Torma_(Votikvere)_vallavalitsus, lk 53
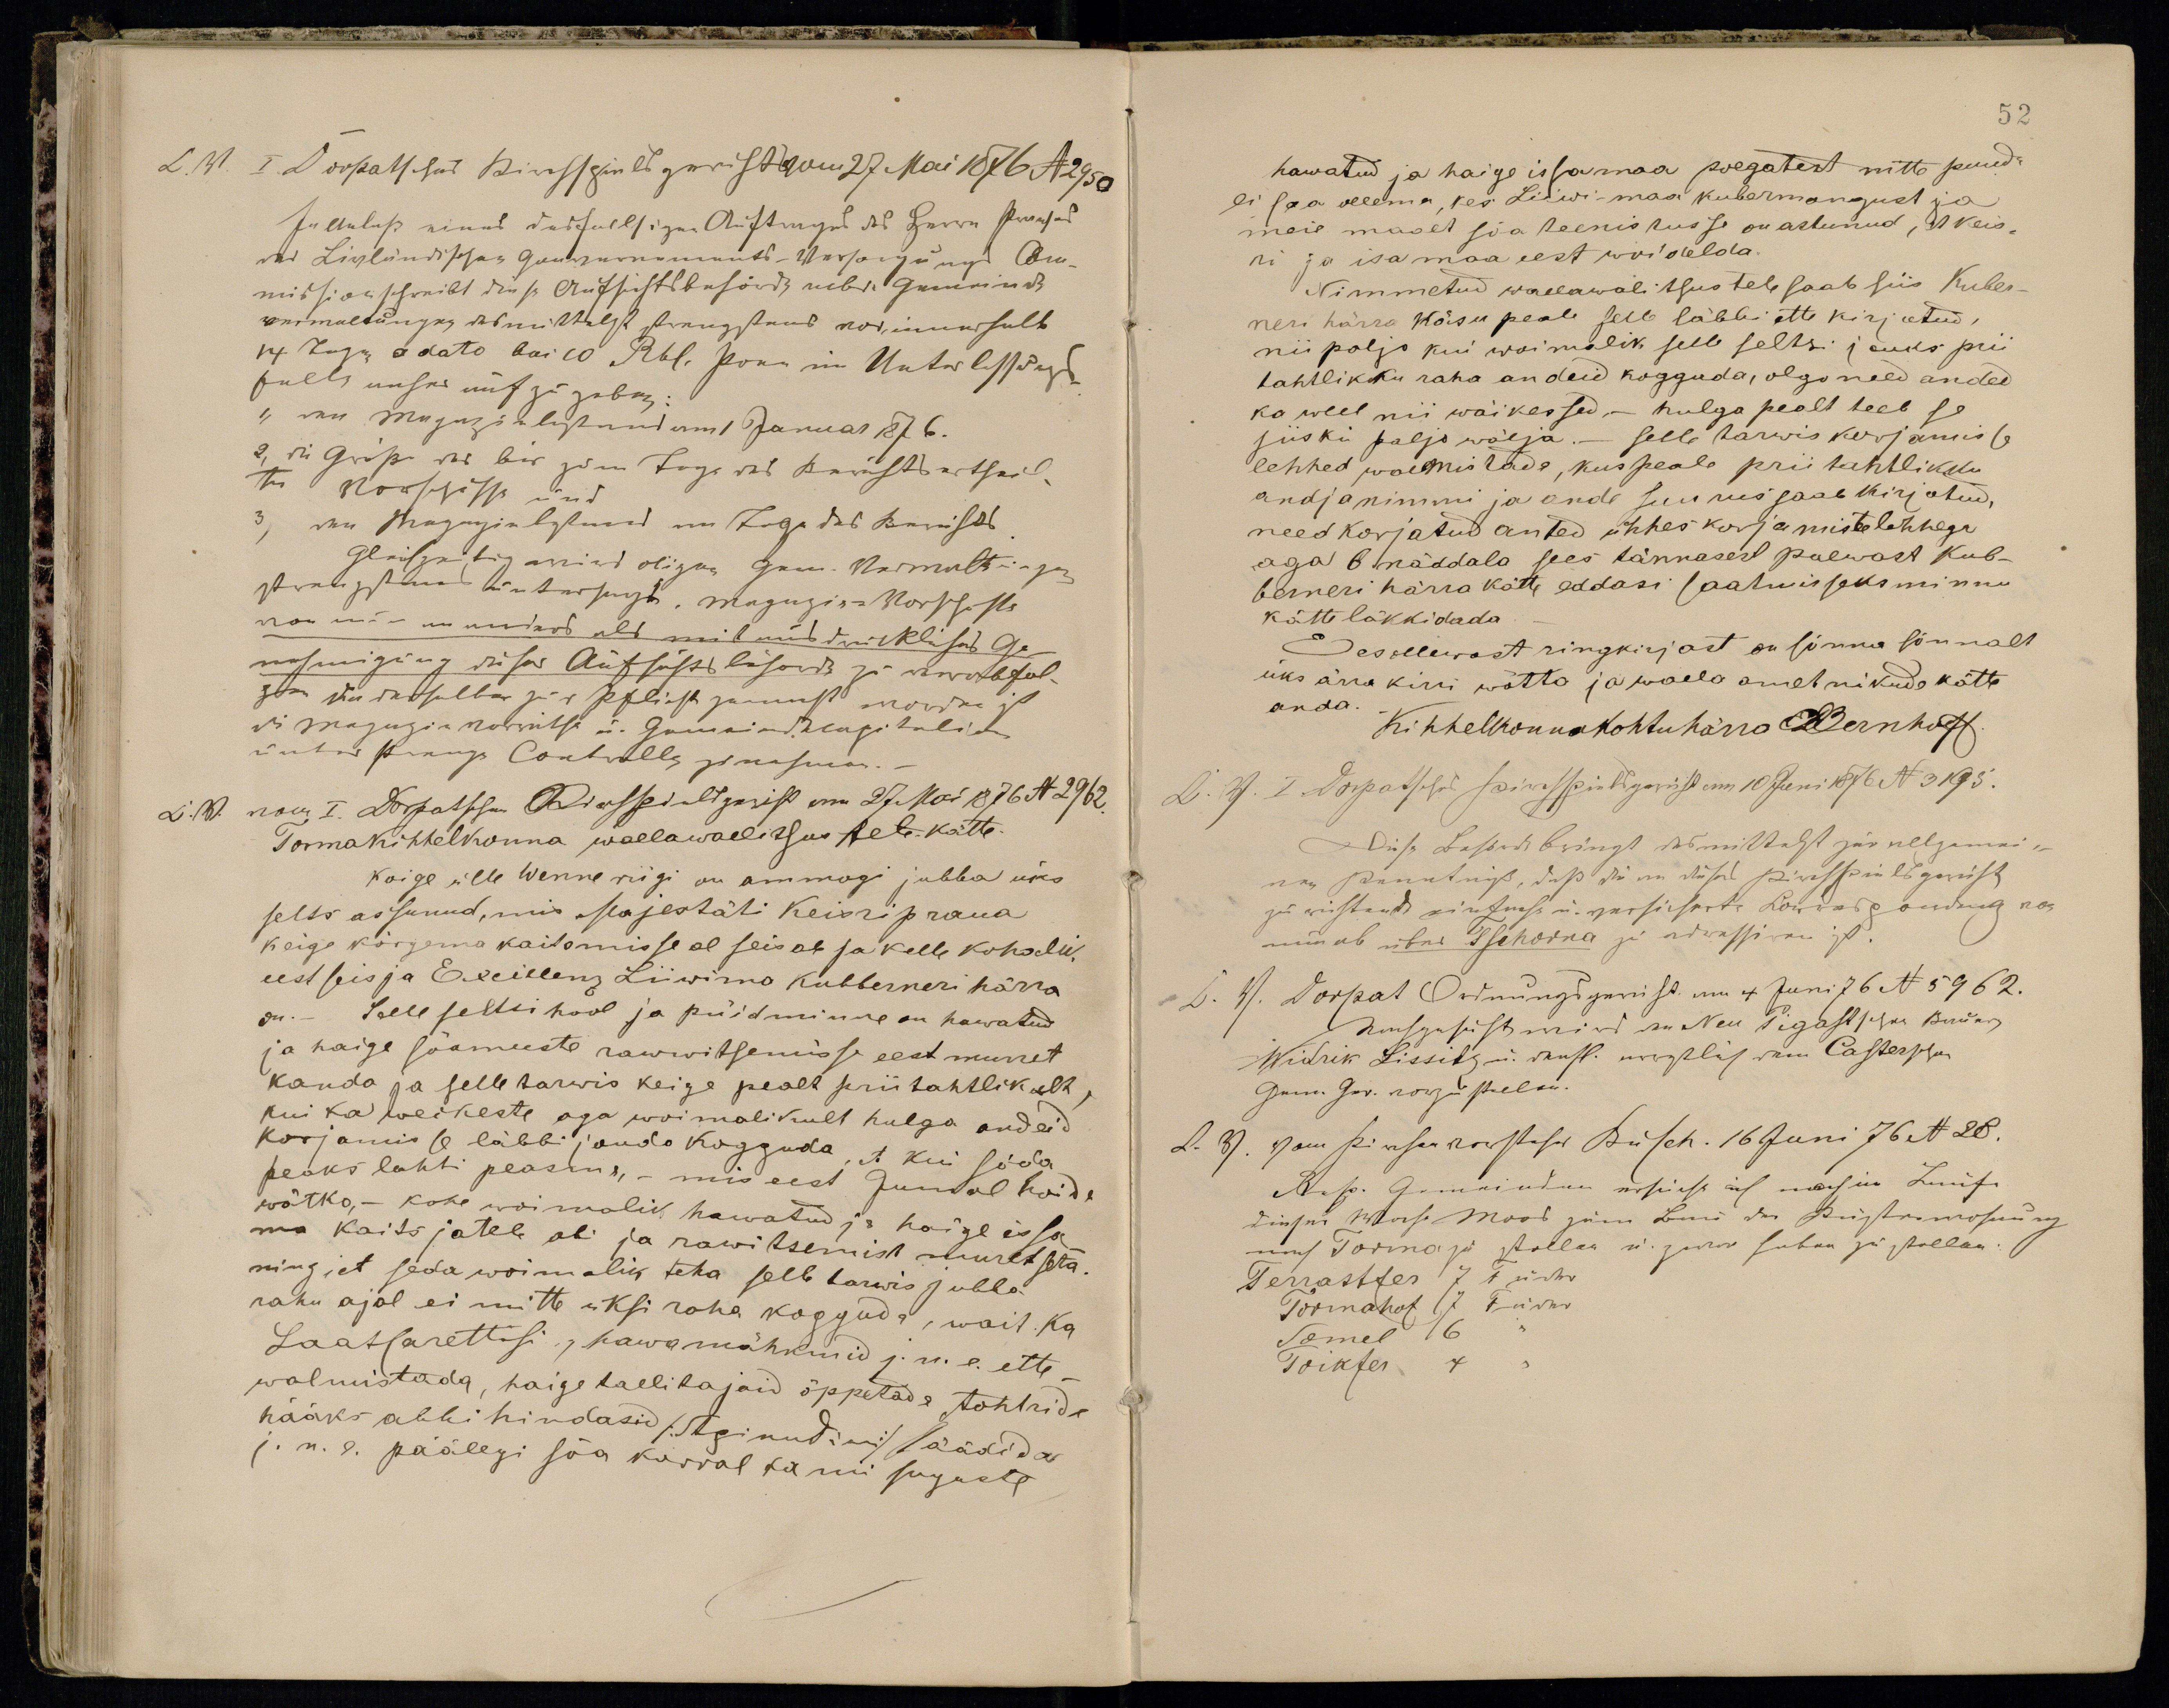
Tormakihhelkonna wallawallitsusele kätte.
Kõige ülle Wenne riigi on ammogi jubba üks
selts assunud, mis Majestäti Keisriproua
Keige kõrgema kaitsmisse al seisab ja kelle kohalik
eestseisja Excillenz Liiwima Kubberneri härra
on. Selle seltsi hool ja püidminne on hawatud
ja haige sõameeste rawwitsemisse eest murret
kanda ja selle tarvis keige pealt priitahtlikult,
kui ka weikeste aga woimalikult hulga andeid
korjamisse läbbi jõuda kogguda, kui sõda
peaks lahti peasma, - mis eest Jummal hoide
wõtko, - kohe woimalik hawatud ja haige issa-
ma Kaitsjatele abi ja rawitsemist muretseta.
ning, et seda woimalik teha selle tarwis jubba
rahu ajal ei mitte üksi raha kogguda, wait Ka
Laatsarettisi, hawamähkmid j.n. e. ette-
walmistada, haige tallitajaid õppetada tohtride
hääks abbi hindasid /:Stpinudi:/ säädida
j. n. e. päälegi sõa korral ka nii suguste

hawatud ja haige issamaa poegatest mitte puudu
ei saa ollema, kes Liiwimaa kubermangust ja
meie maalt sõateenistusse on astunud, et  Keis-
ri ja isamaa eest wõidelda.
Nimmetud wallawalitsustele saab siis Kuber-
neri härra Käsu peale selle läbbi ette kirjutud,
nii paljo kui wõimalik selle seltsi jauks prii
tahtlikku raha andeid kogguda, olgo need anded
ka weel nii wäikessed, - hulga pealt teeb se
siiski paljo wälja. - selle tarwis korjamisse
lehhed wormistada, kus peale priitahtlikku
andja nimmi ja ande suuruse saab kirjotud,
need korjatud anted ühhes korjamistelehhega
aga 6 näddala sees tännasest paewast Kub-
berneri härra kätte eddasi saatmisseks minnu
kätte läkkidada.
Eesollewast ringkirjast on sõnna sõnnalt
üks ärra kirri wõtta ja walla ametnikude kätte
anda.
Kihhelkonnakohtuhärra Bernhoff